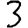
Digit: 3